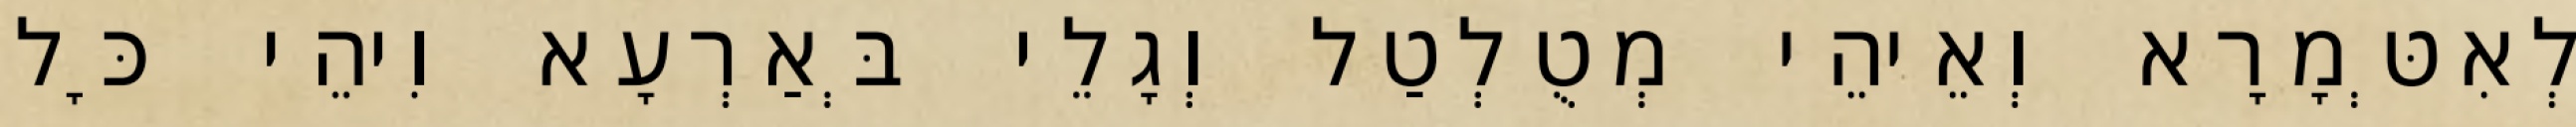
לְאִטְּמָרָא וְאֵיהֵי מְטֻלְטַל וְגָלֵי בְּאַרְעָא וִיהֵי כָּל